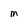
Character: m